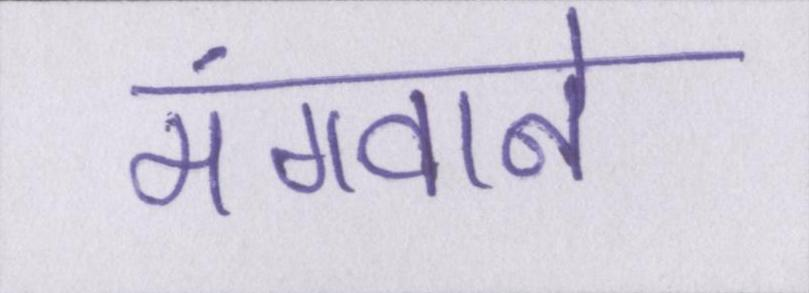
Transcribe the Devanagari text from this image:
मंगवाने